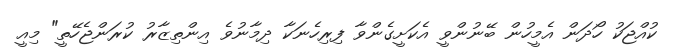
ކުއްޖަކު ހޯދަން އެމީހުން ބޭނުންވީ އެކަށީގެންވާ ފިރިހެނަކާ ދިމާނުވެ އިންތިޒާރު ކުރަންޖެހޭތީ" މިއީ